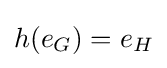
h(e_{G})=e_{H}